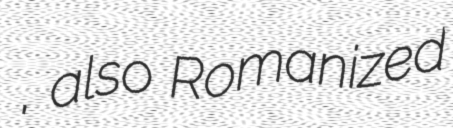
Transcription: حسين ابادسادات, also Romanized